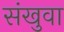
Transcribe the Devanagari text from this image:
संखुवा